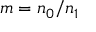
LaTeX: m = n _ { 0 } / n _ { 1 }